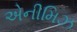
એનીમિઝ